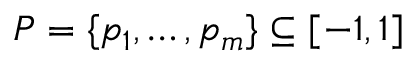
P = \{ p _ { 1 } , \dots , p _ { m } \} \subseteq [ - 1 , 1 ]